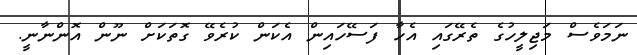
ނަމަވެސް މަޖިލީހުގެ ތެރޭގައި އެހާ ފަސޭހައިން އެކަން ކުރެވޭ ގޮތަކަށް ނޫން އޮންނާނީ.